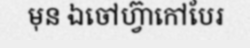
មុន ឯចៅហ្វ៊ាកៅបែរ